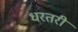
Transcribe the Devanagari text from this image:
धरतरी